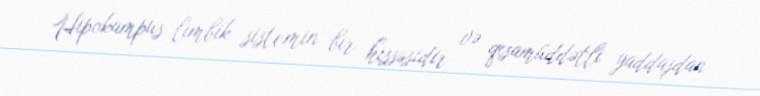
Hipokampus limbik sistemin bir hissəsidir və qısamüddətli yaddaşdan